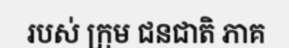
របស់ ក្រុម ជនជាតិ ភាគ